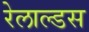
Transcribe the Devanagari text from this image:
रेलाल्डस